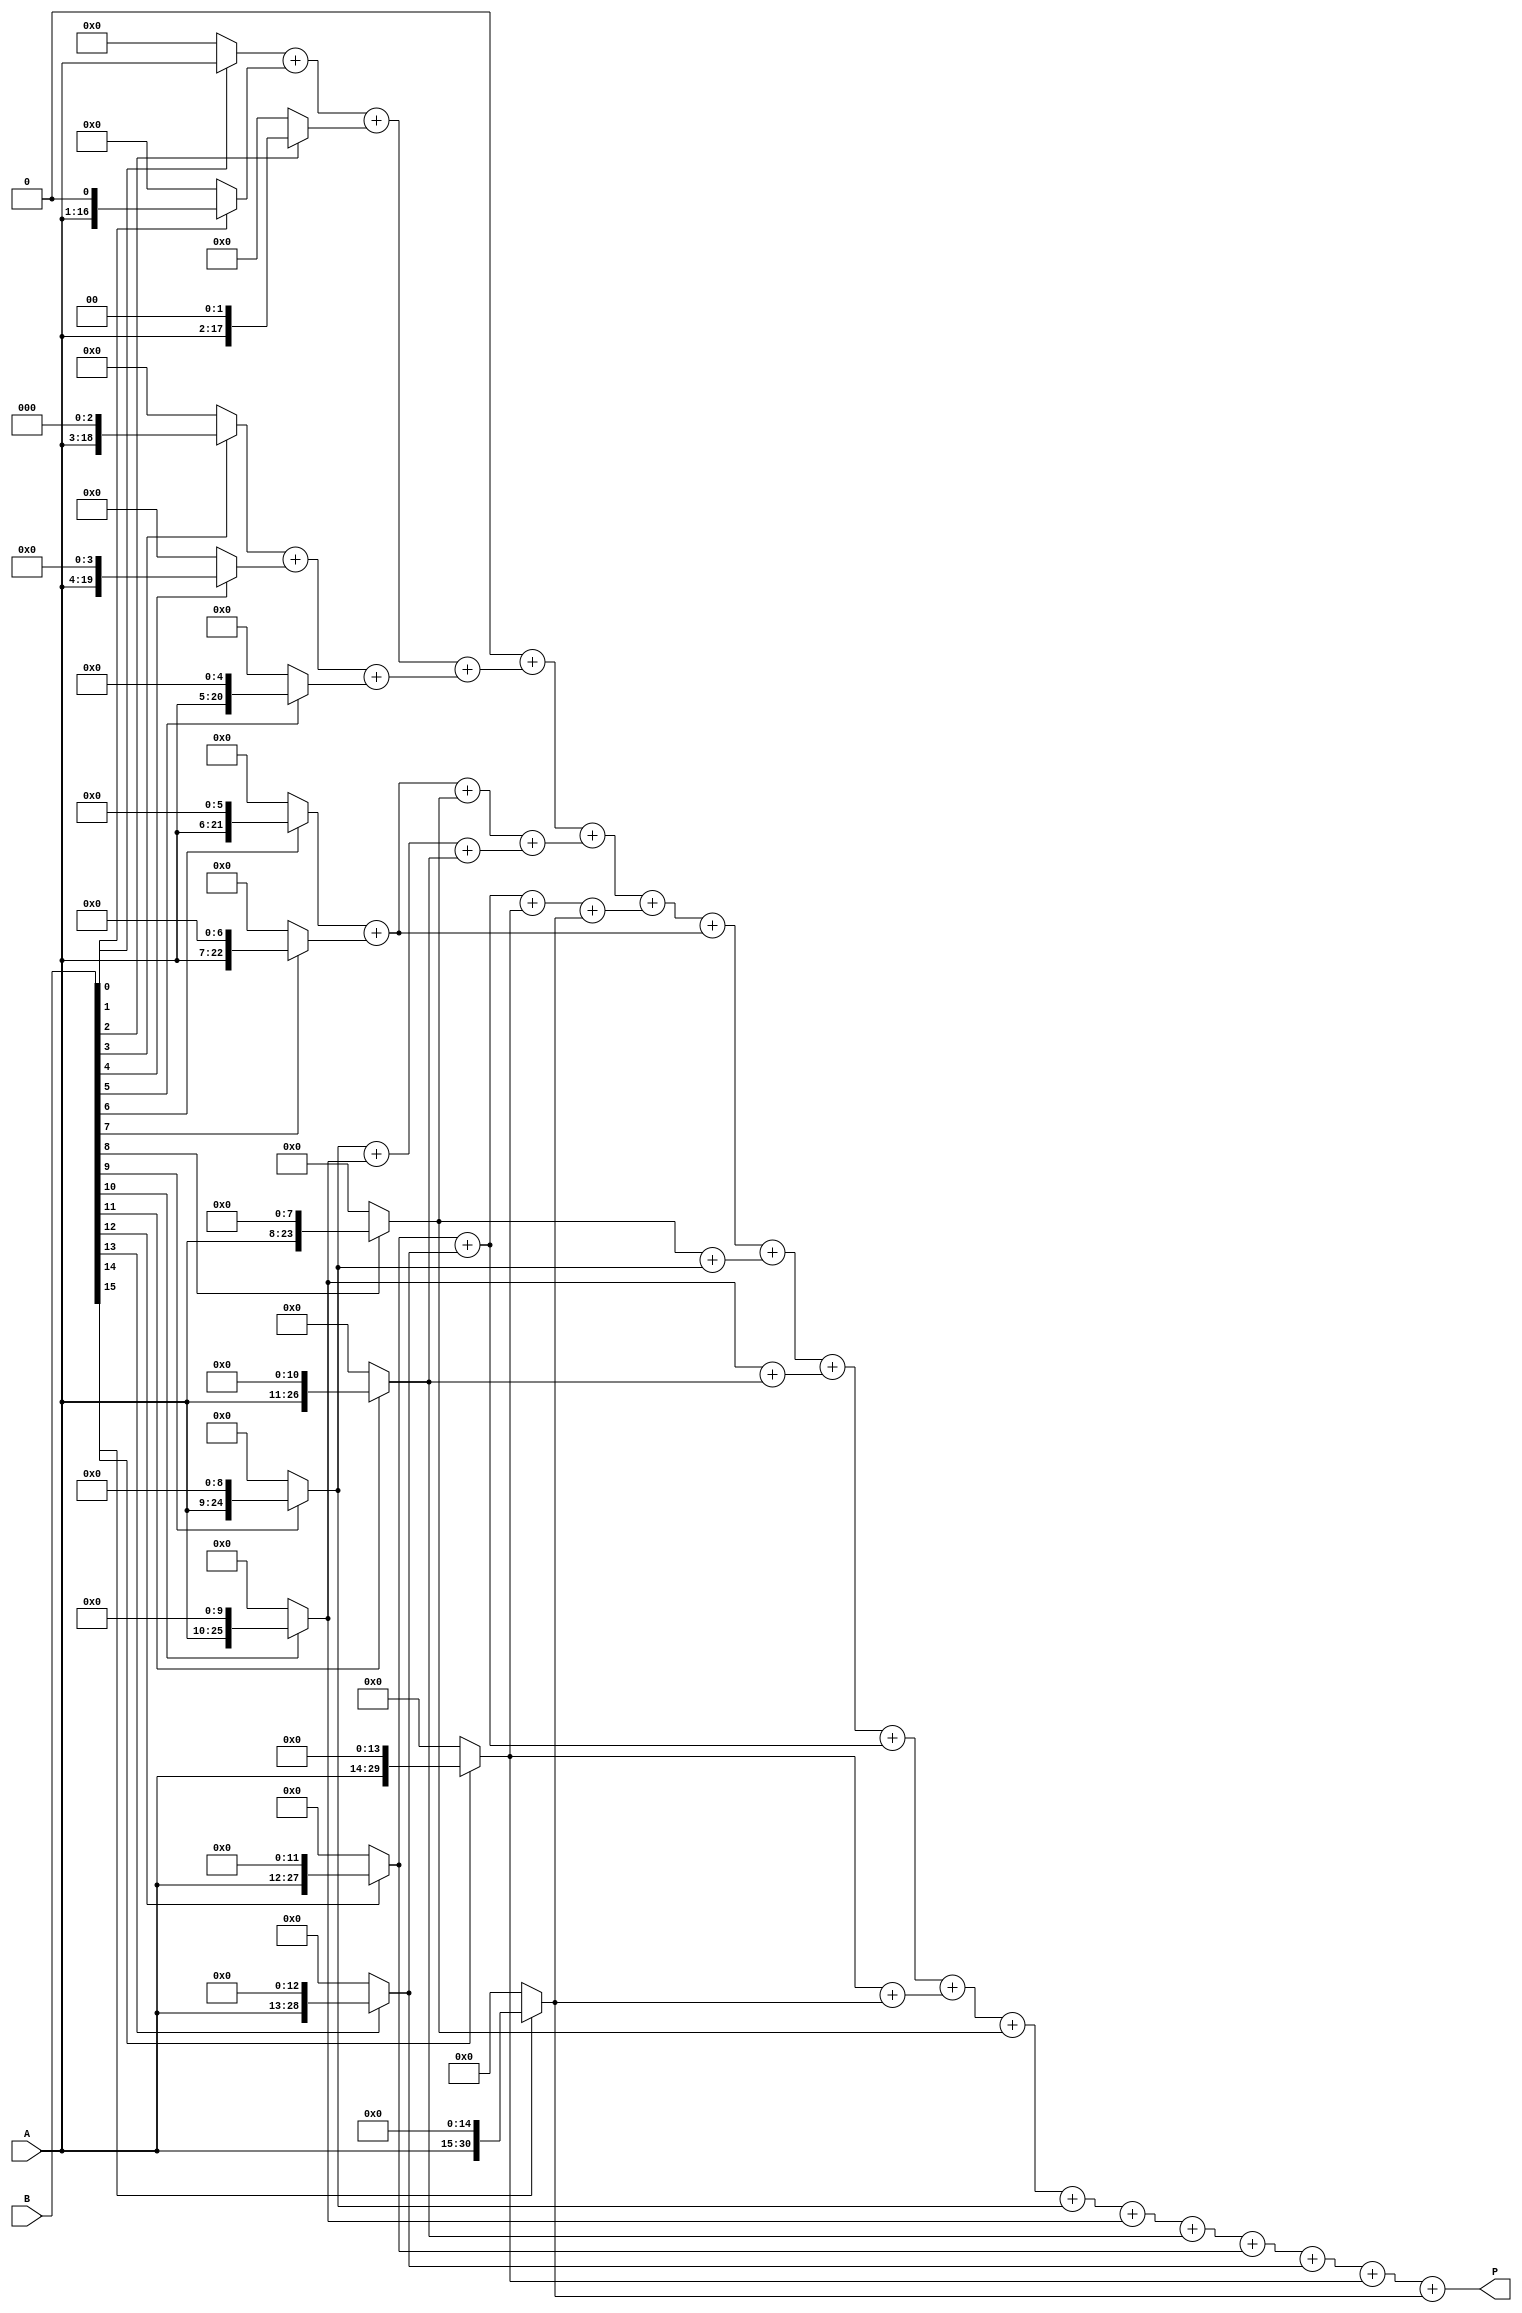
module variable_length_wallace_tree_multiplier #(
    parameter MAX_WIDTH = 16 // Define a maximum width for inputs
)(
    input [MAX_WIDTH-1:0] A, // Multiplicand
    input [MAX_WIDTH-1:0] B, // Multiplier
    output reg [2*MAX_WIDTH-1:0] P // Product
);

    // Intermediate signals for partial products
    reg [2*MAX_WIDTH-1:0] partial_products[MAX_WIDTH-1:0];
    reg [2*MAX_WIDTH-1:0] sum_stage1[MAX_WIDTH:0];
    reg [2*MAX_WIDTH-1:0] sum_stage2[MAX_WIDTH:0];
    reg [2*MAX_WIDTH-1:0] carry_stage1[MAX_WIDTH:0];
    reg [2*MAX_WIDTH-1:0] carry_stage2[MAX_WIDTH:0];

    integer i, j;

    // Generate partial products
    always @(*) begin
        for (i = 0; i < MAX_WIDTH; i = i + 1) begin
            partial_products[i] = (B[i] ? A << i : 0);
        end
    end

    // Wallace tree reduction (Stage 1)
    always @(*) begin
        for (i = 0; i < MAX_WIDTH; i = i + 1) begin
            sum_stage1[i] = partial_products[i];
            carry_stage1[i] = 0;
        end
        sum_stage1[MAX_WIDTH] = 0; // Initialize last sum

        for (i = 0; i < MAX_WIDTH; i = i + 3) begin
            if (i + 2 < MAX_WIDTH) begin
                {carry_stage1[i/3], sum_stage1[i/3]} = partial_products[i] + partial_products[i+1] + partial_products[i+2];
            end else if (i + 1 < MAX_WIDTH) begin
                {carry_stage1[i/3], sum_stage1[i/3]} = partial_products[i] + partial_products[i+1];
            end else begin
                sum_stage1[i/3] = partial_products[i];
            end
        end
    end

    // Wallace tree reduction (Stage 2)
    always @(*) begin
        for (i = 0; i < MAX_WIDTH; i = i + 1) begin
            sum_stage2[i] = sum_stage1[i];
            carry_stage2[i] = carry_stage1[i];
        end
        sum_stage2[MAX_WIDTH] = 0; // Initialize last sum

        for (i = 0; i < MAX_WIDTH; i = i + 2) begin
            if (i + 1 < MAX_WIDTH) begin
                {carry_stage2[i/2], sum_stage2[i/2]} = sum_stage1[i] + sum_stage1[i+1];
            end else begin
                sum_stage2[i/2] = sum_stage1[i];
            end
        end
    end

    // Final addition to produce the product
    always @(*) begin
        P = 0; // Initialize product
        for (i = 0; i < MAX_WIDTH; i = i + 1) begin
            P = P + sum_stage2[i];
        end
    end

endmodule